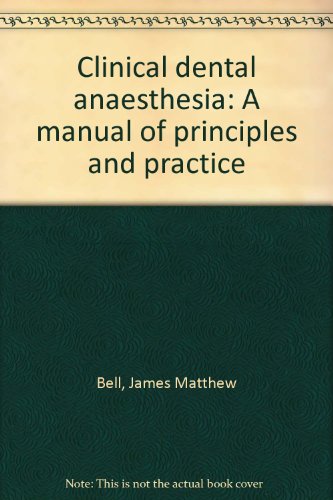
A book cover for Clinical dental anaesthesia: A manual of principles and practice; James Matthew Bell; Medical Books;